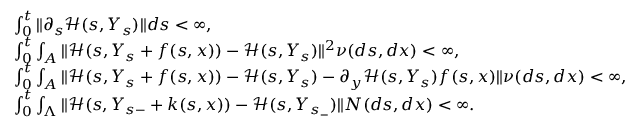
\begin{array} { r l } & { \int _ { 0 } ^ { t } \| \partial _ { s } { \mathcal H } ( s , Y _ { s } ) \| d s < \infty , } \\ & { \int _ { 0 } ^ { t } \int _ { A } \| { \mathcal H } ( s , Y _ { s } + f ( s , x ) ) - { \mathcal H } ( s , Y _ { s } ) \| ^ { 2 } \nu ( d s , d x ) < \infty , } \\ & { \int _ { 0 } ^ { t } \int _ { A } \| { \mathcal H } ( s , Y _ { s } + f ( s , x ) ) - { \mathcal H } ( s , Y _ { s } ) - \partial _ { y } { \mathcal H } ( s , Y _ { s } ) f ( s , x ) \| \nu ( d s , d x ) < \infty , } \\ & { \int _ { 0 } ^ { t } \int _ { \Lambda } \| { \mathcal H } ( s , Y _ { s - } + k ( s , x ) ) - { \mathcal H } ( s , Y _ { s _ { - } } ) \| N ( d s , d x ) < \infty . } \end{array}